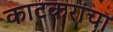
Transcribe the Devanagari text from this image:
काटकरांचा